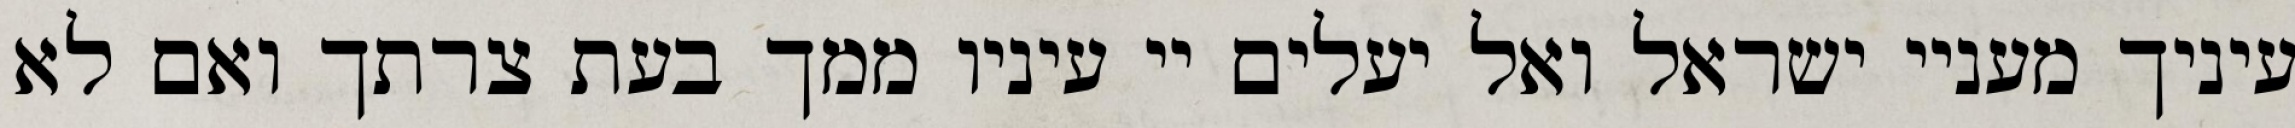
עיניך מעניי ישראל ואל יעלים יי עיניו ממך בעת צרתך ואם לא